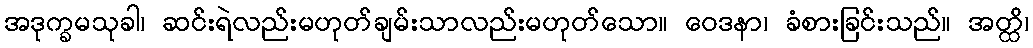
အဒုက္ခမသုခါ၊ ဆင်းရဲလည်းမဟုတ်ချမ်းသာလည်းမဟုတ်သော။ ဝေဒနာ၊ ခံစားခြင်းသည်။ အတ္ထိ၊